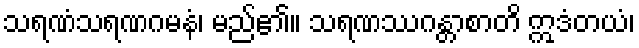
သရဏံသရဏဂမနံ၊ မည်၏။ သရဏဿဂန္တာစာတိ ဣဒံတယံ၊